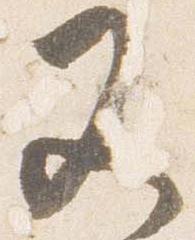
又